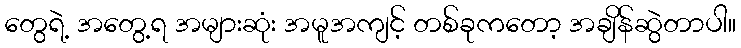
တွေရဲ့ အတွေ့ရ အများဆုံး အမူအကျင့် တစ်ခုကတော့ အချိန်ဆွဲတာပါ။